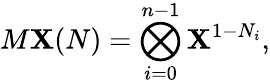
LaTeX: M\mathbf{X}(N)=\bigotimes_{i=0}^{n-1}\mathbf{X}^{1-N_{i}},